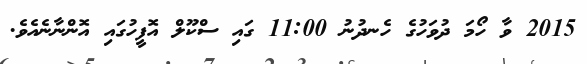
2015 ވާ ހޯމަ ދުވަހުގެ ހެނދުނު 11:00 ގައި ސްކޫލް އޮފީހުގައި އޮންނާނެއެވެ.